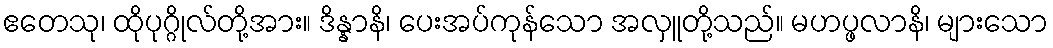
ဧတေသု၊ ထိုပုဂ္ဂိုလ်တို့အား။ ဒိန္နာနိ၊ ပေးအပ်ကုန်သော အလှူတို့သည်။ မဟပ္ဖလာနိ၊ များသော